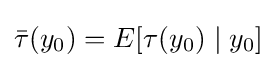
{\bar {\tau }}(y_{0})=E[\tau (y_{0})\mid y_{0}]